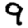
Digit: 9